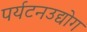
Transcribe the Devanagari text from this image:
पर्यटनउद्योग